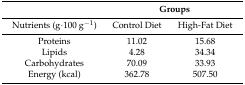
|  | <COLSPAN=2> Groups |
 | --- | --- | --- |
 | Nutrients (g·100 g−1) | Control Diet | High-Fat Diet |
 | Proteins | 11.02 | 15.68 |
 | Lipids | 4.28 | 34.34 |
 | Carbohydrates | 70.09 | 33.93 |
 | Energy (kcal) | 362.78 | 507.50 |